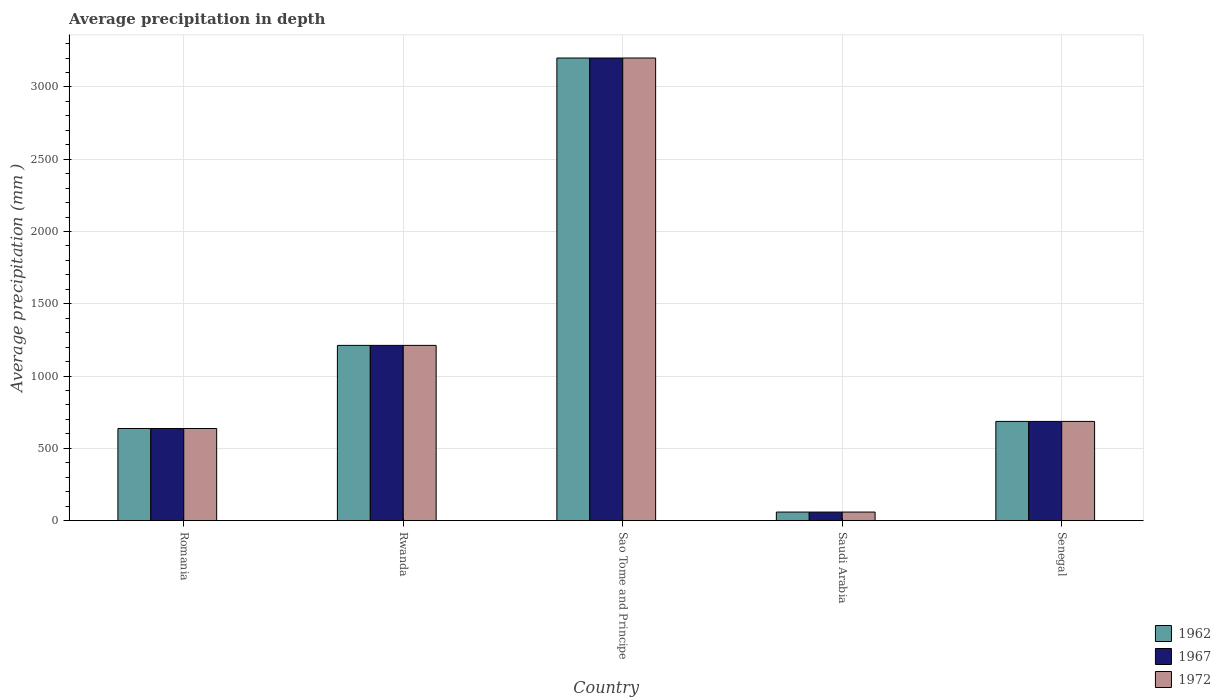
| Country | 1962 | 1967 | 1972 |
 | --- | --- | --- | --- |
 | Romania | 637 | 637 | 637 |
 | Rwanda | 1.21e+03 | 1.21e+03 | 1.21e+03 |
 | Sao Tome and Principe | 3.2e+03 | 3.2e+03 | 3.2e+03 |
 | Saudi Arabia | 59 | 59 | 59 |
 | Senegal | 686 | 686 | 686 |